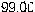
99.00